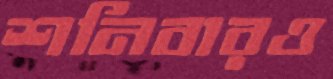
শনিবারও